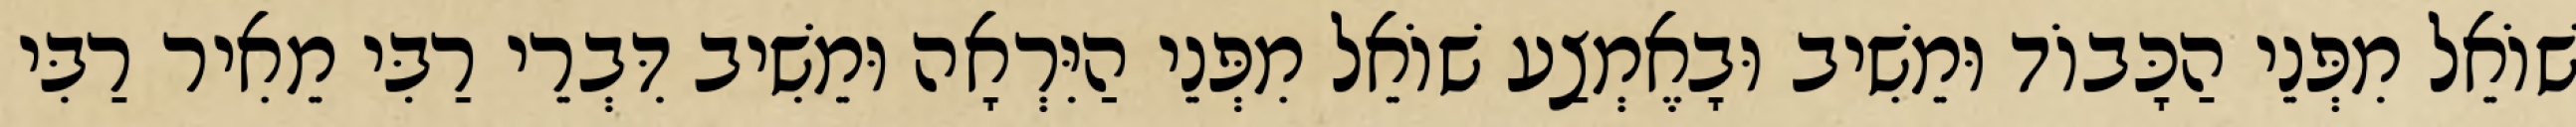
שׁוֹאֵל מִפְּנֵי הַכָּבוֹד וּמֵשִׁיב וּבָאֶמְצַע שׁוֹאֵל מִפְּנֵי הַיִּרְאָה וּמֵשִׁיב דִּבְרֵי רַבִּי מֵאִיר רַבִּי